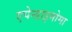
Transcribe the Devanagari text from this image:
एपेन्डाइमोमा